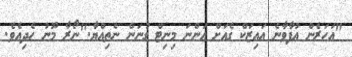
"އަހަރެން އުފާވާނެ އައިޒަކް ގެއަށް އަންނަ މިނިޓް ގުނަން ނެތިއްޔާ."ނޯރާ މޫނު ހެދިއެވެ.